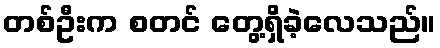
တစ်ဦးက စတင် တွေ့ရှိခဲ့လေသည်။